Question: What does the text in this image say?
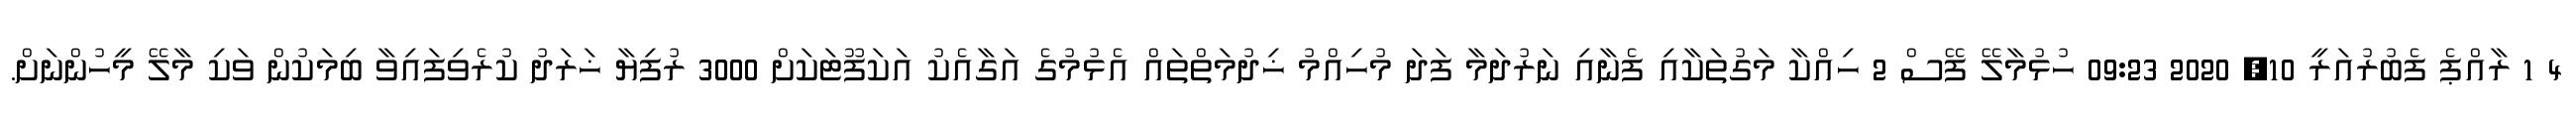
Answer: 4 1 ރާއްޕެ ފެބުރުއަރީ 10, 2020 09:23 ހުޅުމާލޭ ފޭސް 2 ހިއްކާ މަގުތަކާއި ފެނާއި ނަރުދަމާ ފަދަ މުހިއްމު ޚިދުމަތްތައް އެޅުމުގެ އަގާއެކު އަކަފޫޓަކަށް 3000 ރުފިޔާ ޚަރަދު ކުރެވިފައިވާ ބިމަކުން ވަކި މާލޭ މީހުންނަށް.